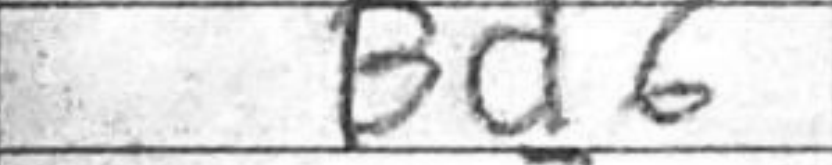
Transcription: Bd6